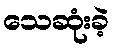
သေဆုံးခဲ့